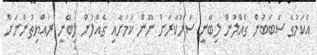
އެކަމުގެ ސަބަބުން ގެއްލުން ލިބޭނީ ސަރުކާރަށް ނޫން ކަމަށާއި ގެއްލުން ލިބޭނީ ރައްޔިތުންނަށް